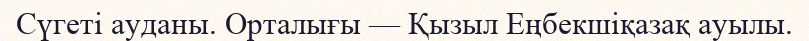
Сүгеті ауданы. Орталығы — Қызыл Еңбекшіқазақ ауылы.